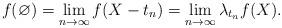
LaTeX: \begin{align*}f(\varnothing)=\lim_{n\rightarrow \infty}f(X-t_n)=\lim_{n\rightarrow \infty}\lambda_{t_n}f(X).\end{align*}